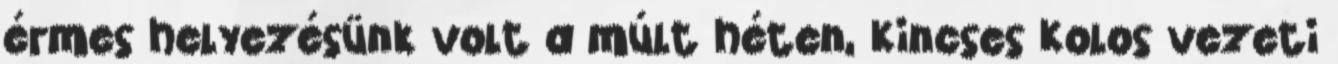
érmes helyezésünk volt a múlt héten, Kincses Kolos vezeti